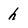
Character: h